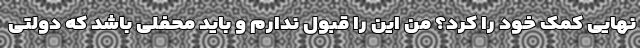
نهایی کمک خود را کرد؟ من این را قبول ندارم و باید محفلی باشد که دولتی